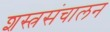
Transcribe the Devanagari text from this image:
शस्त्रसंचालन